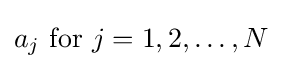
a_{j}{\text{ for }}j=1,2,\dots ,N